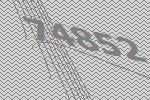
74852